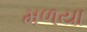
મળયા